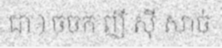
ជា ) ចចក ញី ស៊ី សាច់